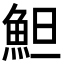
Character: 䱇